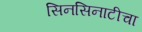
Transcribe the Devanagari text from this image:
सिनसिनाटीचा